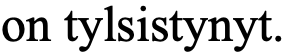
on tylsistynyt.